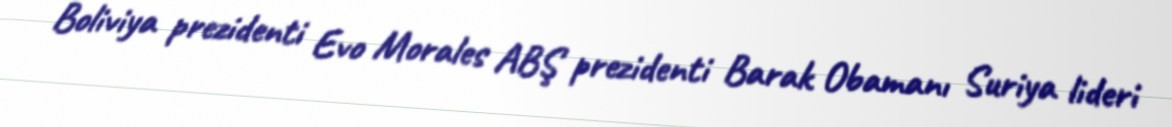
Boliviya prezidenti Evo Morales ABŞ prezidenti Barak Obamanı Suriya lideri